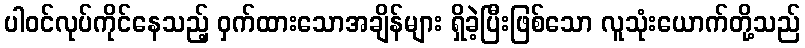
ပါဝင်လုပ်ကိုင်နေသည့် ဝှက်ထားသောအချိန်များ ရှိခဲ့ပြီးဖြစ်သော လူသုံးယောက်တို့သည်